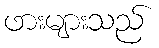
ဖားများသည်